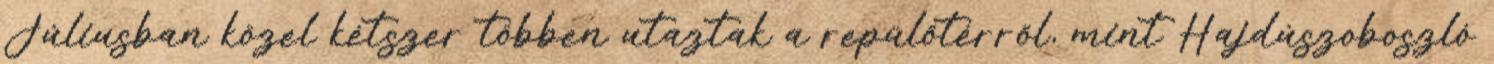
Júliusban közel kétszer többen utaztak a repülőtérről, mint Hajdúszoboszló